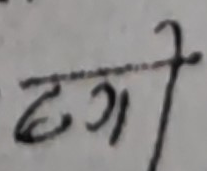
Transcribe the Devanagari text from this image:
डग